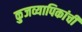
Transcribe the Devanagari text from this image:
कुजव्यापिकांची